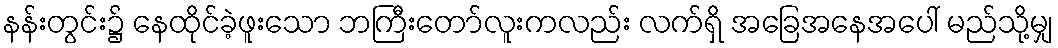
နန်းတွင်း၌ နေထိုင်ခဲ့ဖူးသော ဘကြီးတော်လူးကလည်း လက်ရှိ အခြေအနေအပေါ် မည်သို့မျှ